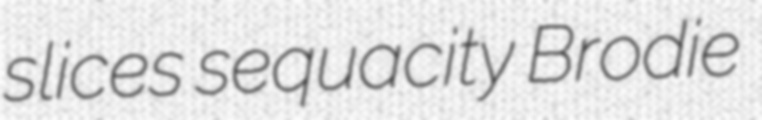
slices sequacity Brodie